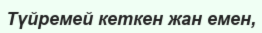
Түйремей кеткен жан емен,